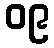
၀၉